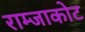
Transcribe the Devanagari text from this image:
राम्जाकोट